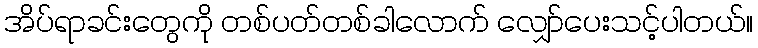
အိပ်ရာခင်းတွေကို တစ်ပတ်တစ်ခါလောက် လျှော်ပေးသင့်ပါတယ်။